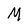
Character: M